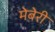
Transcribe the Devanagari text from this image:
मेबेरी